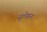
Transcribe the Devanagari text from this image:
सुलेखना